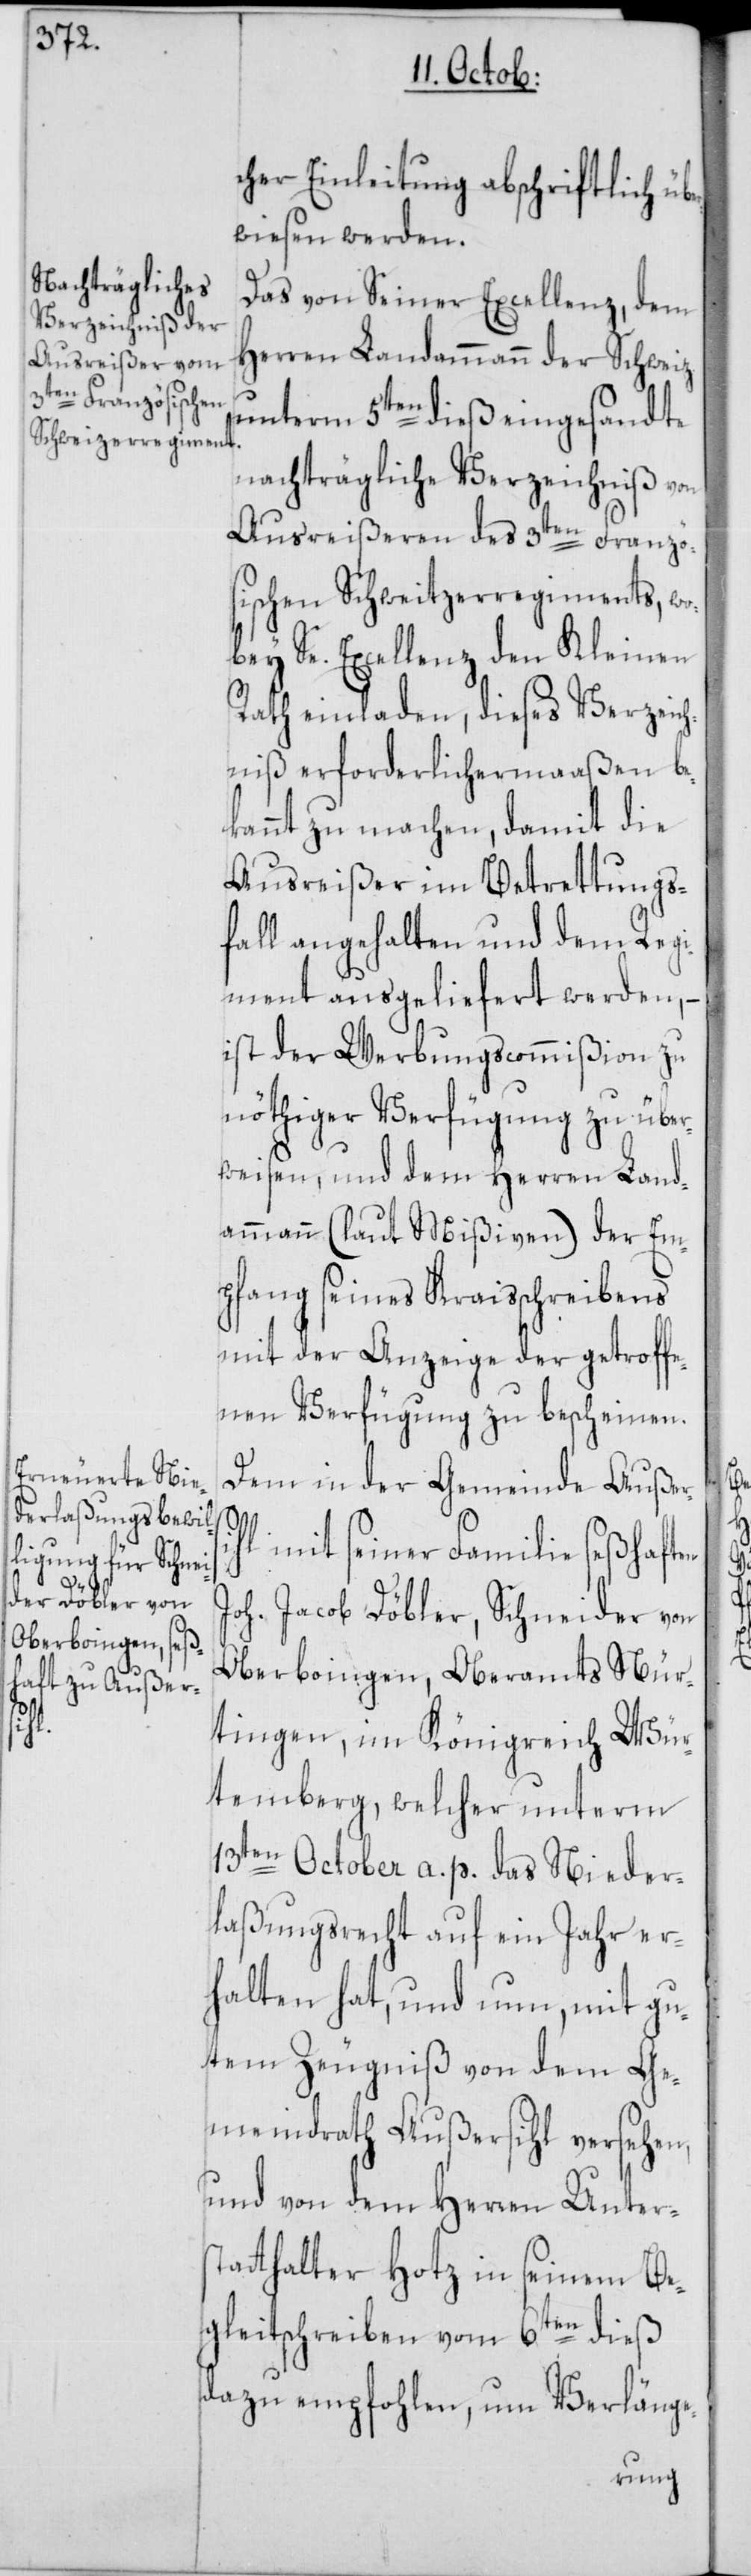
cher Einleitung abschriftlich ü¬
wiesen werden.
Das von Seiner Excellenz, dem
Herren Landammann der Schweiz
unterm 5ten dieß eingesandte
nachträgliche Verzeichniß von
Ausreißeren des 3ten Französ¬
ischen Schweitzerregiments, wo¬
bey Se. Excellenz den Kleinen
Rath einladen, dieses Verzeich¬
niß erforderlichermaaßen be¬
kannt zu machen, damit die
Ausreißer im Betrettungs¬
fall angehalten und dem Regi¬
ment ausgeliefert werden, –
ist der Werbungscommißion zu
nöthiger Verfügung zu über¬
weisen, und dem Herren Land¬
ammann (laut Mißiven) der Em¬
pfang seines Kraisschreibens
mit der Anzeige der getroffe¬
nen Verfügung zu bescheinen.
Dem in der Gemeinde Außer¬
hl mit seiner Familie seßhaft¬
si¬
Joh. Jacob Döbler, Schneider von
Oberboingen, Oberamts Nür¬
en
tingen, im Königreich Wür¬
temberg, welcher unterm
13ten October a. p. das Nieder¬
laßungsrecht auf ein Jahr er¬
halten hat, und nun, mit gu¬
tem Zeugniß von dem Ge¬
meindrath Außersihl versehen,
und von dem Herren Unters¬
tatthalter Hotz in seinem Be¬
gleitschreiben vom 6ten dieß
dazu empfohlen, um Verlänge-